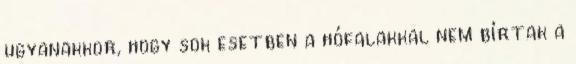
ugyanakkor, hogy sok esetben a hófalakkal nem bírtak a